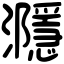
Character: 㶏